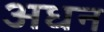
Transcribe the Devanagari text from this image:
अधन